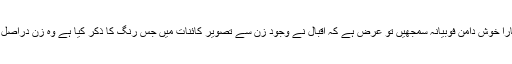
اگر آپ اسے ہمارا خوش دامن فوبیانہ سمجھیں تو عرض ہے کہ اقبالؒ نے وجودِ زن سے تصویرِ کائنات میں جس رنگ کا ذکر کیا ہے وہ زن دراصل خوش دامن ہیں۔